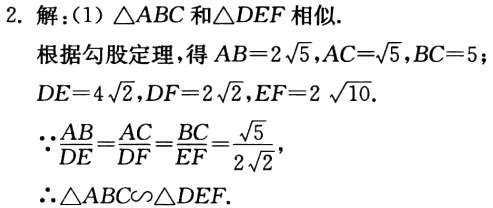
2. 解：(1) \(\triangle ABC\)和\(\triangle DEF\)相似.

根据勾股定理，得\(AB = 2\sqrt{5},AC=\sqrt{5},BC = 5\)；

\(DE = 4\sqrt{2},DF = 2\sqrt{2},EF = 2\sqrt{10}\).

\(\because\frac{AB}{DE}=\frac{AC}{DF}=\frac{BC}{EF}=\frac{\sqrt{5}}{2\sqrt{2}}\),

\(\therefore\triangle ABC\sim\triangle DEF\).